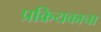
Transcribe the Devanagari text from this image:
प्रक्रियकाचा